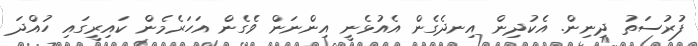
ފުރުސަތު ދިނިން. އެކުދިން އިނދެގެން އެއުޅެނީ އިންނަން ވެގެން އަހަރެމެން ކައިރީގައި ހުއްދަ